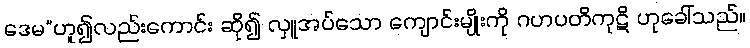
ဒေမ”ဟူ၍လည်းကောင်း ဆို၍ လှူအပ်သော ကျောင်းမျိုးကို ဂဟပတိကုဋိ ဟုခေါ်သည်။